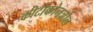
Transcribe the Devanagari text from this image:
कीटोकोनज़ोल